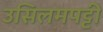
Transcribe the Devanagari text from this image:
उसिलमपट्टी